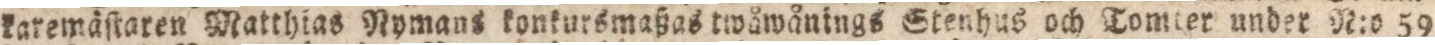
karemäſtaren Matthias Nymaus konkursmaßas twåwånings Stenhus och Tomter under N:o 59